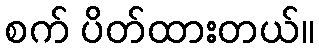
စက် ပိတ်ထားတယ်။